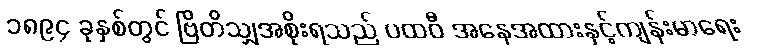
၁၈၉၄ ခုနှစ်တွင် ဗြိတိသျှအစိုးရသည် ပထဝီ အနေအထားနှင့်ကျန်းမာရေး